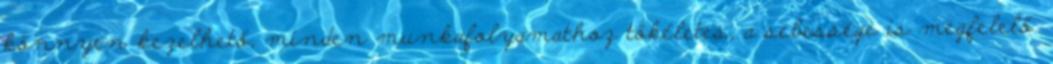
könnyen kezelhető, minden munkafolyamathoz tökéletes, a sebessége is megfelelő.